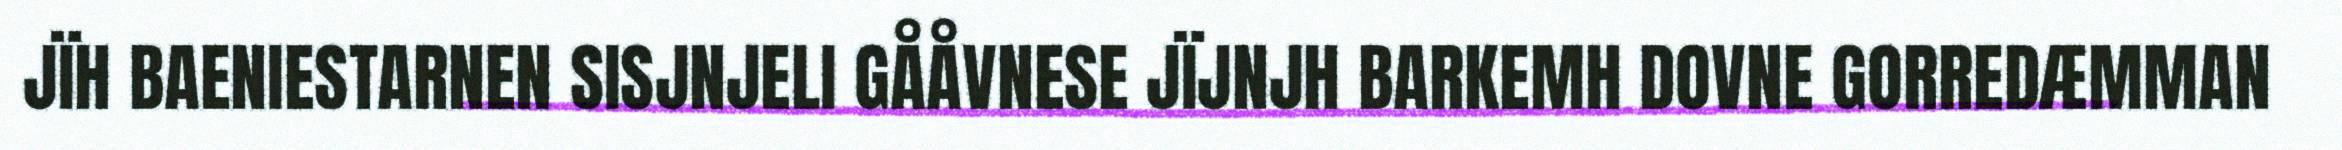
JÏH BAENIESTARNEN SISJNJELI GÅÅVNESE JÏJNJH BARKEMH DOVNE GORREDÆMMAN